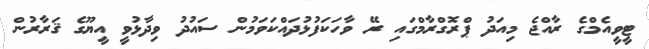
ޓީވީއެމްގެ ރާއްޖެ މިއަދު ޕްރޮގްރާމްގައި ރޭ ވާހަކަފުޅުދައްކަވަމުން ސައުދު ވިދާޅުވީ އީޔޫގެ ޤަރާރުން